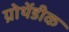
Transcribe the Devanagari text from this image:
ग्रोथेंडीक